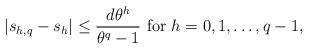
LaTeX: \begin{align*} |s_{h,q}-s_h|\le\frac{d\theta^{h}}{\theta^{q}-1}~{\rm for}~h=0,1,\dots,q-1,\end{align*}